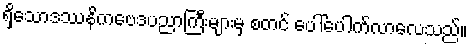
ရှိသောဒဿနိကဗေဒပညာကြီးများမှ စတင် ပေါ်ပေါက်လာလေသည်။